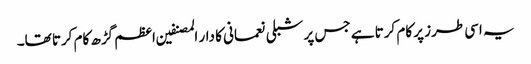
یہ اسی طرز پر کام کرتا ہے جس پر شبلی نعمانی کا دار المصنفین اعظم گڑھ کام کرتا تھا۔